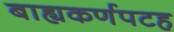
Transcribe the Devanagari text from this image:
बाह्यकर्णपटह